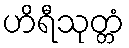
ဟိရီသုတ္တံ